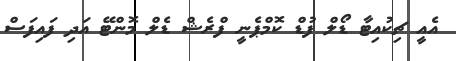
އެއީ ޗިކުއިޓާ ޑޯލް ފުޑް ކޮމްޕެނީ ފްރެޝް ޑެލް މޮންޓޭ އަދި ފައިފަސް